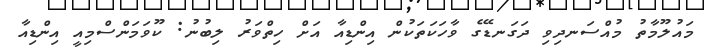
މައުލޫމާތު މުއްސަނދިވި ދަގަނޑޭގެ ވާހަކަތަކުން އިންޑިއާ އަށް ހިތްވަރު ލިބުނު: ކޫވަމަންސްމިއީ އިންޑިއާ